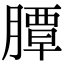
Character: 䐺